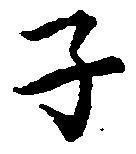
子